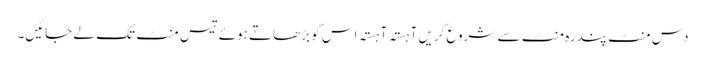
دس منٹ پندرہ منٹ سے شروع کریں آہستہ آہستہ اس کو بڑھاتے ہوئے تیس منٹ تک لے جائیں۔